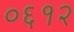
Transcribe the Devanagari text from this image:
०६१२